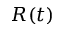
R ( t )